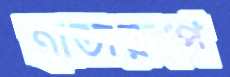
ত্রাতারূপে